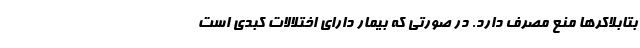
بتابلاکرها منع مصرف دارد. در صورتی‌ که بیمار دارای اختلالات کبدی است